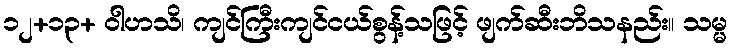
၁၂+၁၃+ ဝါဟသိ၊ ကျင်ကြီးကျင်ငယ်စွန့်သဖြင့် ဖျက်ဆီးဘိသနည်း။ သမ္မ